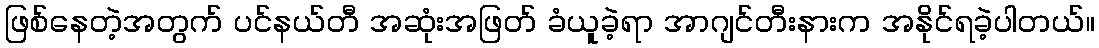
ဖြစ်နေတဲ့အတွက် ပင်နယ်တီ အဆုံးအဖြတ် ခံယူခဲ့ရာ အာဂျင်တီးနားက အနိုင်ရခဲ့ပါတယ်။